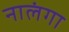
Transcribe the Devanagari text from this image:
नालंगा